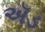
ઍડ